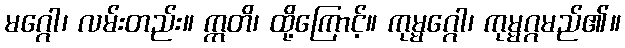
မဂ္ဂေါ၊ လမ်းတည်း။ ဣတိ၊ ထို့ကြောင့်။ ကုမ္မဂ္ဂေါ၊ ကုမ္မဂ္ဂမည်၏။